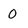
Character: 0